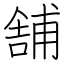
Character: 舗